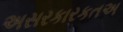
અસરકારકતઅ